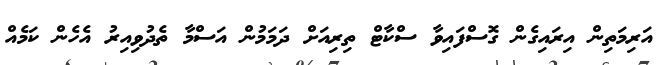
އަރިމަތިން އިރައިގެން ގޮސްފައިވާ ސްކާޓް ތިރިއަށް ދަމަމުން އަސްމާ ތެދުވިއިރު އެހެން ކަމެއް